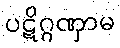
ပဋိဂ္ဂဏှာမ